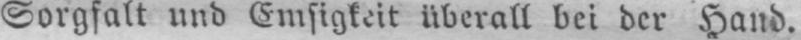
Sorgfalt und Emsigkeit überall bei der Hand.